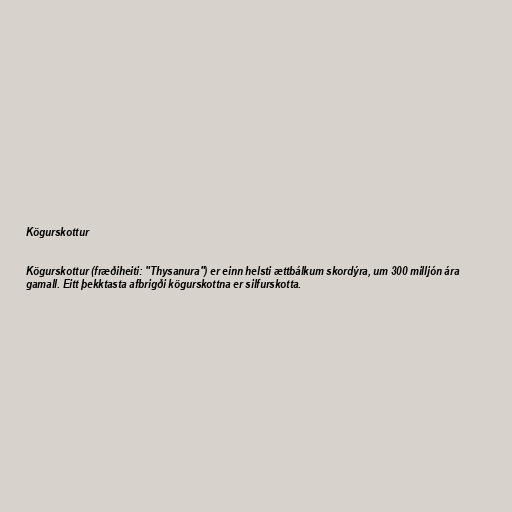
Kögurskottur

Kögurskottur (fræðiheiti: "Thysanura") er einn helsti ættbálkum skordýra, um 300 milljón ára
gamall. Eitt þekktasta afbrigði kögurskottna er silfurskotta.